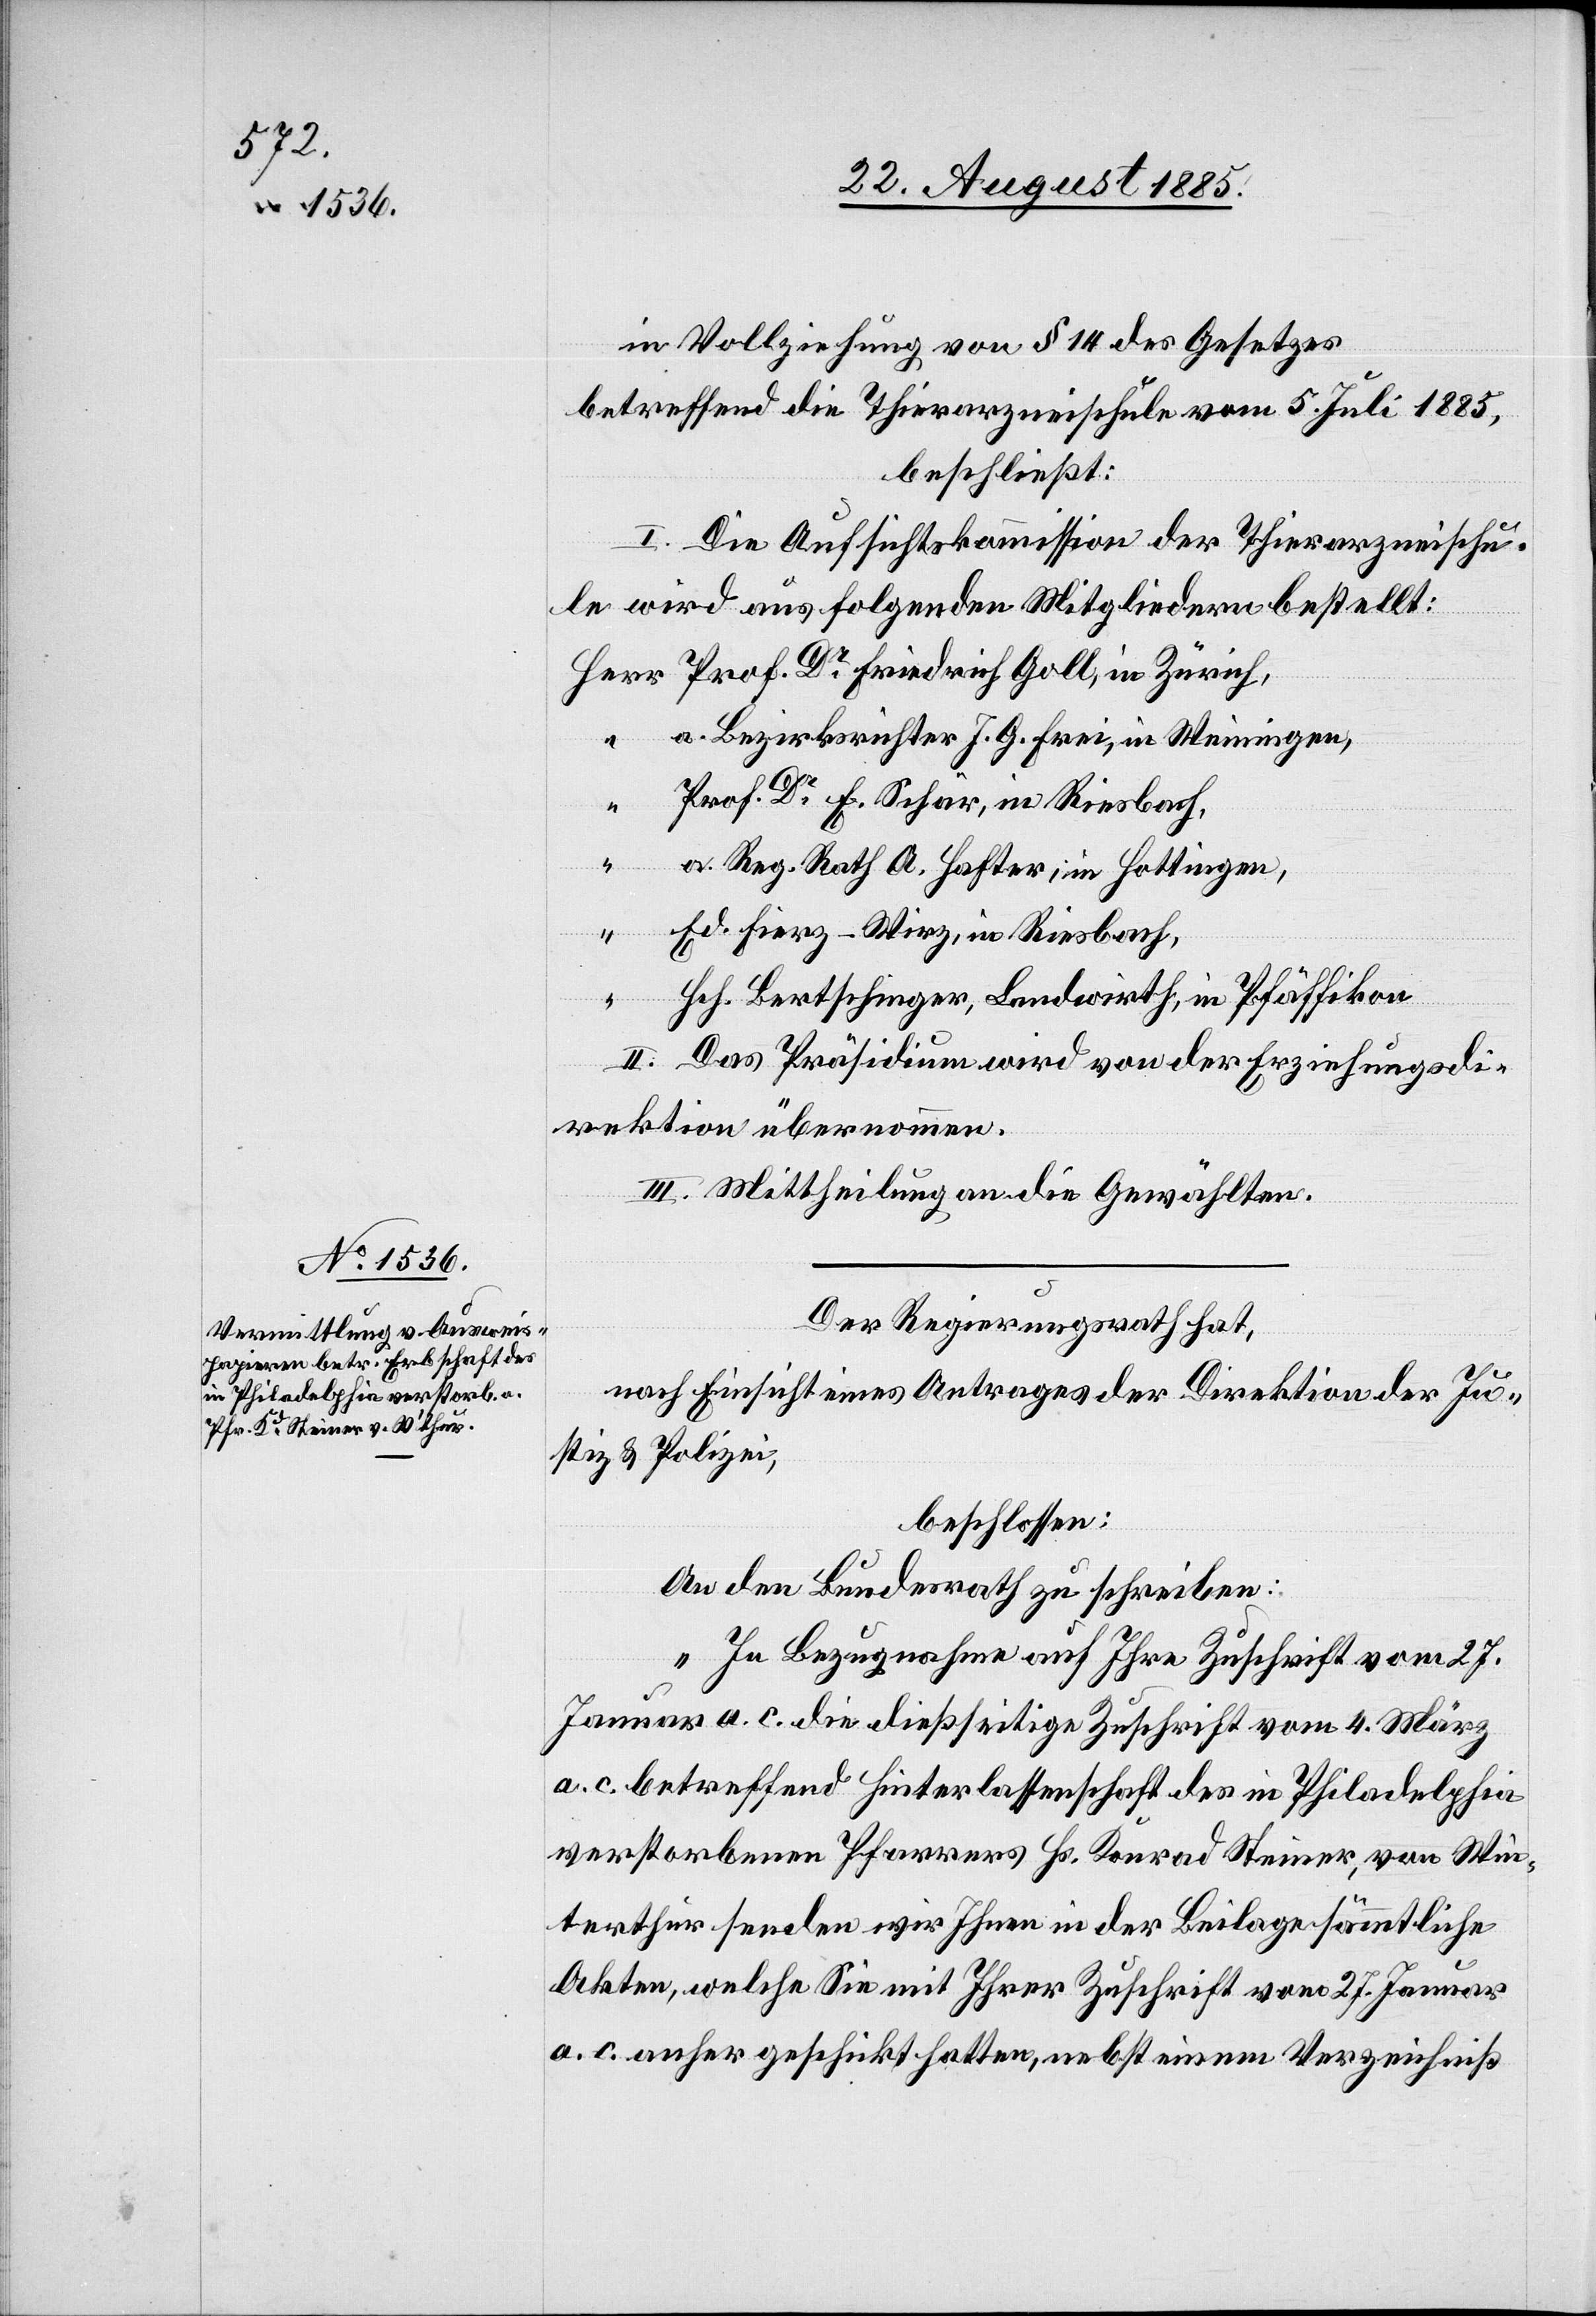
in Vollziehung von § 14 des Gesetzes
betreffend die Thierarzneischule vom 5. Juli 1885,
beschließt:
I. Die Aufsichtskommission der Thierarzneischu¬
le wird aus folgenden Mitgliedern bestellt:
Herr
Prof. Dr Friedrich Goll, in Zürich,
a. Bezirksrichter J. G. Frei, in Weiningen,
Prof. Dr E. Schär, in Riesbach,
“
a. Reg. Rath A. Hafter, in Hottingen,
Ed. Fierz-Wirz, in Riesbach,
Hch. Bertschinger, Landwirth, in Pfäffikon.
II. Das Präsidium wird von der Erziehungsdi¬
rektion übernommen.
III. Mittheilung an die Gewählten.
Der Regierungsrath hat,
nach Einsicht eines Antrages der Direktion der Ju¬
stiz & Polizei,
beschlossen:
An den Bundesrath zu schreiben:
„In Bezugnahme auf Ihre Zuschrift vom 27.
Januar a. c. die dießseitige Zuschrift vom 4. März
a. c. betreffend Hinterlassenschaft des in Philadelphia
verstorbenen Pfarrers Hs. Konrad Steiner, von Win¬
terthur senden wir Ihnen in der Beilage sämmtliche
Akten, welche Sie mit Ihrer Zuschrift vom 27. Januar
a. c. anher geschickt hatten, nebst einem Verzeichniß